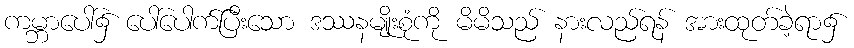
ကမ္ဘာပေါ်၌ ပေါ်ပေါက်ပြီးသော ဒဿနမျိုးစုံကို မိမိသည် နားလည်ရန် အားထုတ်ခဲ့ရာ၌